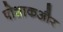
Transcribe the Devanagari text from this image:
पोशाकऔर